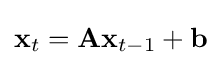
\mathbf {x} _{t}=\mathbf {Ax} _{t-1}+\mathbf {b}